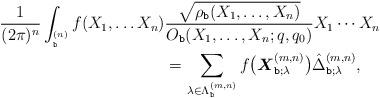
LaTeX: \begin{align*}\frac{1}{(2\pi )^{n} } \int_{^{(n)}_{\texttt{b}} } f(X_1,\ldots X_n) & \frac{\sqrt{\rho_{\texttt{b}}(X_1,\ldots,X_n)}}{O_{\texttt{b}}(X_1,\ldots,X_n;q,q_0)} X_1\cdots X_n \\&= \sum_{\lambda\in\Lambda^{(m,n)}_{\texttt{b}}} f \bigl( \boldsymbol{X}^{(m,n)}_{\texttt{b};\lambda} \bigr) \hat{\Delta}^{(m,n)}_{\texttt{b};\lambda } ,\end{align*}